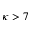
\kappa > 7